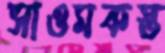
সাওমকস্ত